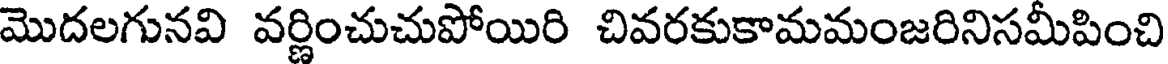
మొదలగునవి వర్ణించుచుపోయిరి చివరకుకామమంజరినిసమీపించి